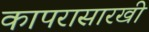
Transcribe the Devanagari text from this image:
कापरासारखी